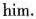
him.